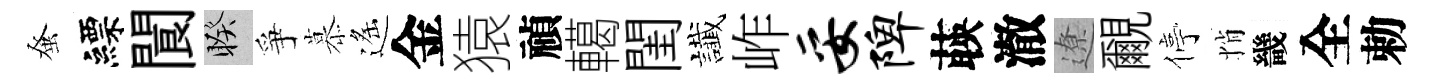
𫊫縹閬睽爭慕遙金猿禎轕閨䜟岞妥陴𦴤澈遼覼停悄畿全勅